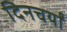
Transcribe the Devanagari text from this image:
दिनचर्यां